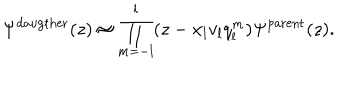
\Psi ^ { \mathrm { d a u g t h e r } } ( z ) \approx \prod _ { m = - l } ^ { l } ( z - x _ { l } v _ { l } q _ { l } ^ { m } ) \Psi ^ { \mathrm { p a r e n t } } ( z ) .